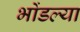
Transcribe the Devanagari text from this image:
भोंडल्या